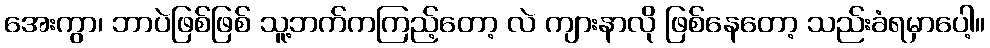
အေးကွာ၊ ဘာပဲဖြစ်ဖြစ် သူ့ဘက်ကကြည့်တော့ လဲ ကျားနာလို ဖြစ်နေတော့ သည်းခံရမှာပေါ့။